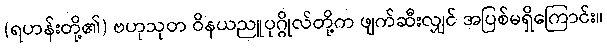
(ရဟန်းတို့၏) ဗဟုသုတ ဝိနယညူပုဂ္ဂိုလ်တို့က ဖျက်ဆီးလျှင် အပြစ်မရှိကြောင်း။